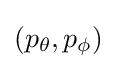
(p_{\theta },p_{\phi })